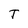
Character: T